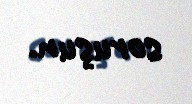
soruşun.